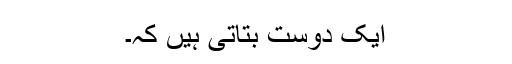
ایک دوست بتاتی ہیں کہ۔